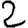
Digit: 2